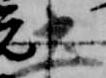
土